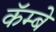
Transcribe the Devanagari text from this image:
कॅम्बे